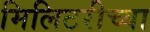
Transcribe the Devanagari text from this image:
मिलिटरीच्या